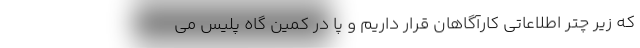
که زیر چتر اطلاعاتی کارآگاهان قرار داریم و پا در کمین گاه پلیس می